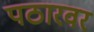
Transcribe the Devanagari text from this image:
पठारवर